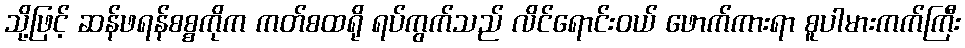
သို့ဖြင့် ဆန်ဖရန်စစ္စကိုက ကတ်စထရို ရပ်ကွက်သည် လိင်ရောင်းဝယ် ဖောက်ကားရာ စူပါမားကက်ကြီး